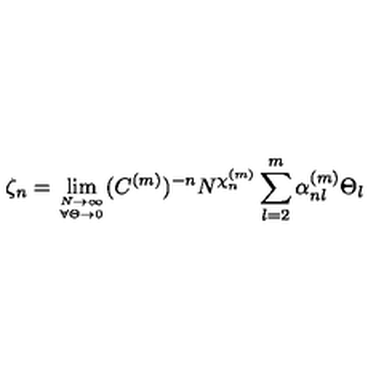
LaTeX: \zeta _ { n } = \lim _ { { N \to \infty } \atop { \forall \Theta \rightarrow 0 } } ( C ^ { ( m ) } ) ^ { - n } N ^ { \chi _ { n } ^ { ( m ) } } \sum _ { l = 2 } ^ { m } \alpha _ { n l } ^ { ( m ) } \Theta _ { l }